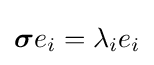
{\boldsymbol {\sigma }}e_{i}=\lambda _{i}e_{i}